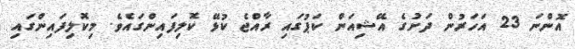
އޮންނަ 23 އަހަރުން ދަށުގެ އޭޝިއަން ކަޕުގައި ރާއްޖެ ކުޅޭ ކޮލިފައިންގައެވެ. މިކޮލިފައިންގައި